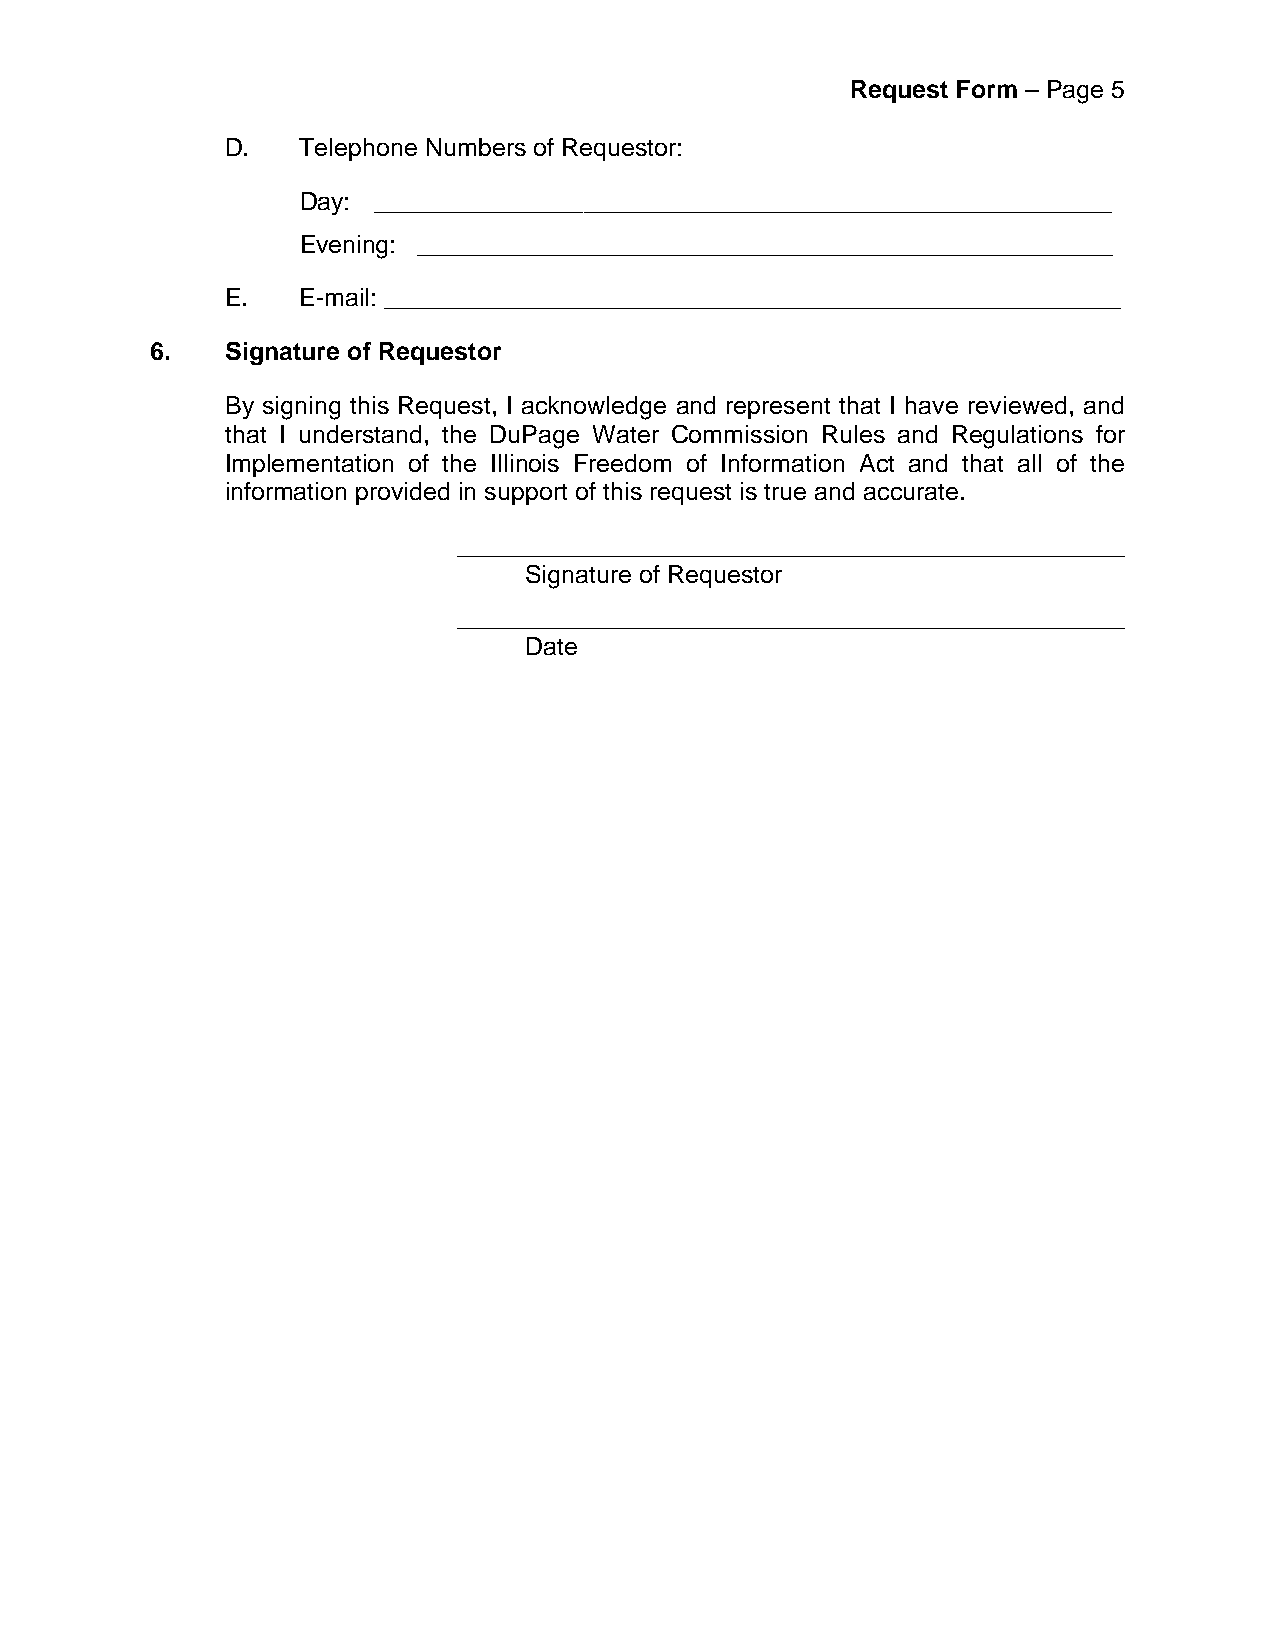
Request Form – Page 5
 D.   Telephone Numbers of Requestor:
 Day: _____________________________________________________
 Evening: __________________________________________________
 E.   E-mail: _____________________________________________________
 6.   Signature of Requestor
 By signing this Request, I acknowledge and represent that I have reviewed, and
 that I understand, the DuPage Water Commission Rules and Regulations for
 Implementation of the Illinois Freedom of Information Act and that all of the
 information provided in support of this request is true and accurate.
 ________________________________________________
 Signature of Requestor
 ________________________________________________
 Date